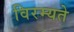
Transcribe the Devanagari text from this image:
विरम्यते